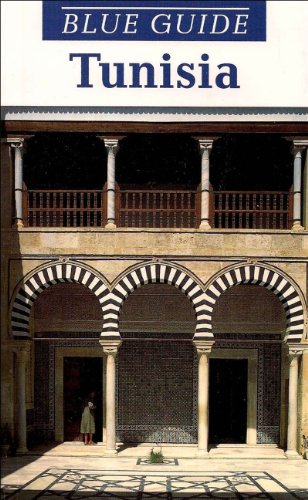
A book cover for Blue Guide Tunisia (Blue Guides); Amanda Hinton; Travel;